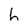
Character: h